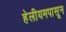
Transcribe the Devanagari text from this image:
हेलीयमपासून